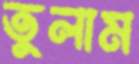
তুলাম